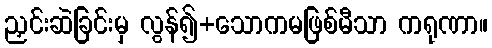
ညှင်းဆဲခြင်းမှ လွန်၍+သောကမဖြစ်မီသာ ကရုဏာ။